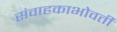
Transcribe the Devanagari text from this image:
संवाहकाभोवती